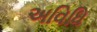
અવિધિ